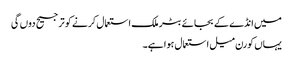
میں انڈے کے بجائے بٹر ملک استعمال کرنے کو ترجیح دوں گی
یہاں کورن میل استعمال ہوا ہے۔